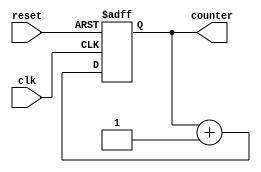
//up counter
module up_counter(output [3:0] counter, input clk, reset );
reg [3:0]counter_up;
//up counter
always @(posedge clk or posedge reset)
begin
if (reset)
 counter_up <=4'd0;
else
 counter_up <= counter_up + 4'd1;
end
assign counter = counter_up;
endmodule




//down counter
module down_counter (input clk, reset, output[3:0]counter);
reg [3:0] counter_down;

always @(posedge clk or posedge reset)
begin
if (reset)
 counter_down <=4'hf;
else
 counter_down <= counter_down -4'd1;
end
assign counter = counter_down;
endmodule